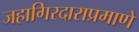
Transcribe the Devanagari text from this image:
जहागिरदाराप्रमाणे